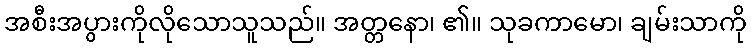
အစီးအပွားကိုလိုသောသူသည်။ အတ္တနော၊ ၏။ သုခကာမော၊ ချမ်းသာကို